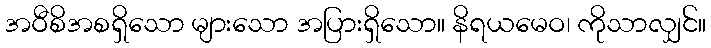
အဝီစိအစရှိသော များသော အပြားရှိသော။ နိရယမေဝ၊ ကိုသာလျှင်။